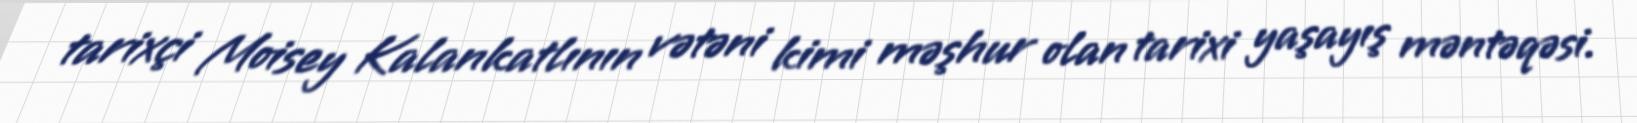
tarixçi Moisey Kalankatlının vətəni kimi məşhur olan tarixi yaşayış məntəqəsi.